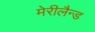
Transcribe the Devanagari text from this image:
मेरीलैन्ड